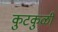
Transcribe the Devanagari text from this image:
कुटकुळी